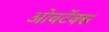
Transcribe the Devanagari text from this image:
ओवर्टेक्स